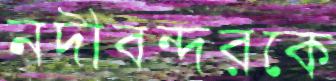
নদীবন্দরকে